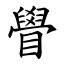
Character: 䁷